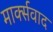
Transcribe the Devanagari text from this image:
मार्क्‍सवाद